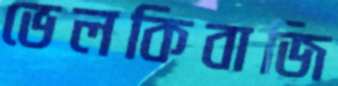
ভেলকিবাজি